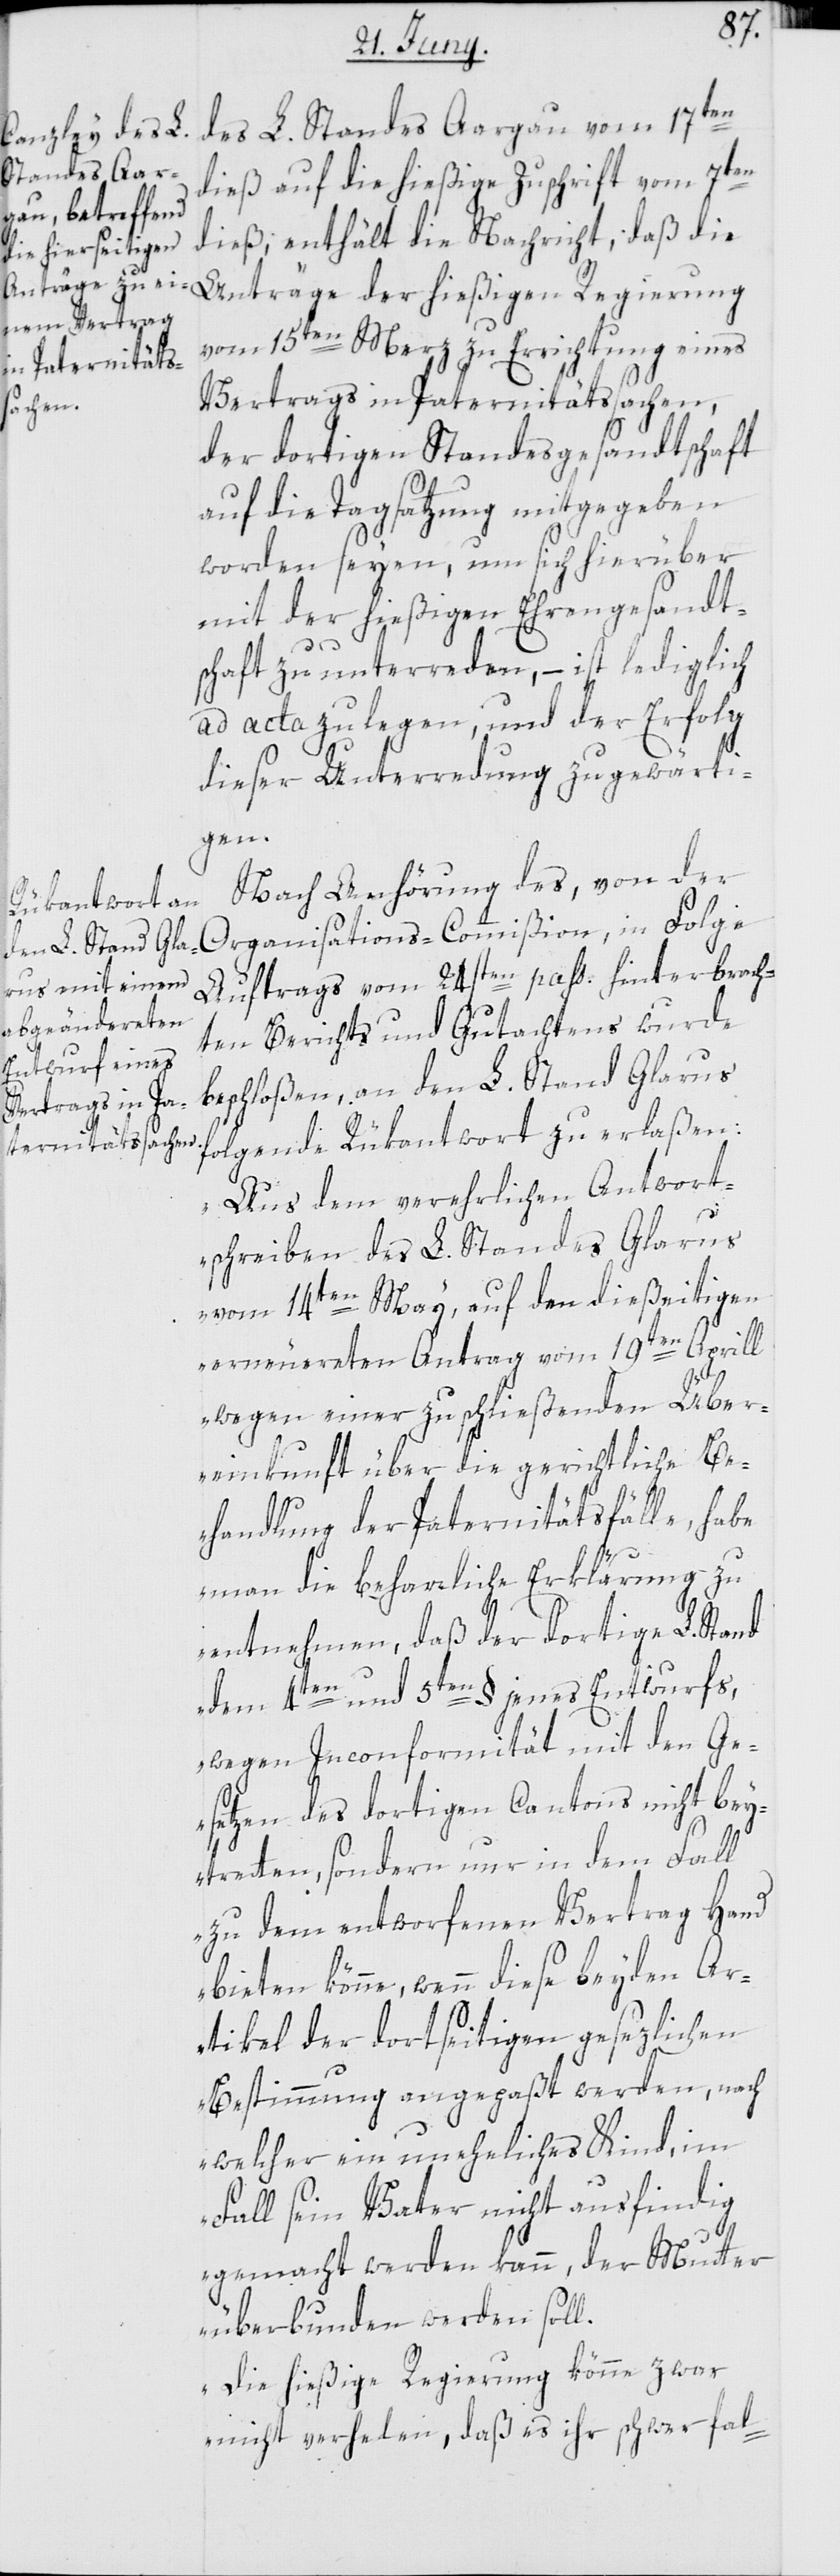
des L. Standes Aargau vom 17ten
dieß auf die hießige Zuschrift vom 7ten
dieß, enthält die Nachricht, daß die
Anträge der hießigen Regierung
vom 15ten Merz zu Errichtung eines
Vertrags in Paternitätssachen,
der dortigen Standesgesandtschaft
auf die Tagsatzung mitgegeben
worden seyen, um sich hierüber
mit der hießigen Ehrengesandt¬
schaft zu unterreden, – ist lediglich
ad acta zu legen, und der Erfolg
dieser Unterredung zu gewärti¬
gen.
Nach Anhörung des, von der
Auftrags vom 24sten pass. hinterbrach¬
ten Berichts und Gutachtens wurde
beschloßen, an den L. Stand Glarus
folgende Rükantwort zu erlaßen:
„Aus dem verehrlichen Antwort¬
schreiben des L. Standes Glarus
vom 14ten May, auf den dießeitigen
erneuereten Antrag vom 19ten Aprill
wegen einer zu schließenden Über¬
einkunft über die gerichtliche Be¬
handlung der Paternitätsfälle, habe
man die beharrliche Erklärung zu
entnehmen, daß der dortige L. Stand
dem 4ten und 5ten § jenes Entwurfs,
wegen Inconformität mit den Ge¬
setzen des dortigen Cantons nicht bey¬
tretten, sondern nur in dem Fall
zu dem entworfenen Vertrag Hand
bieten könne, wenn diese beyden Ar¬
tikel der dortseitigen gesezlichen
Bestimmung angepaßt werden, nach
welcher ein uneheliches Kind, im
Fall sein Vater nicht ausfindig
gemacht werden kann, der Mutter
überbunden werden soll.
Die hießige Regierung könne zwar
nicht verhelen, daß es ihr schwer fal-